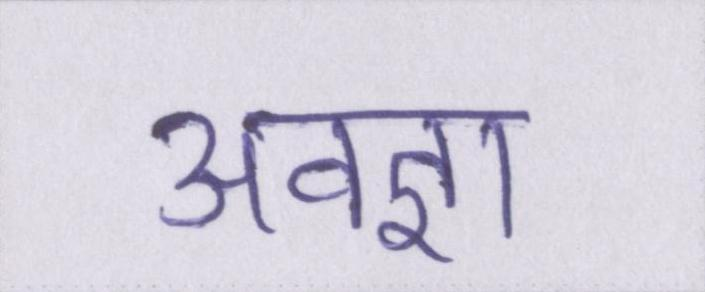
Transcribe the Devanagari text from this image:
अवज्ञा